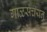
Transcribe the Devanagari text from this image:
गाळसंचयन